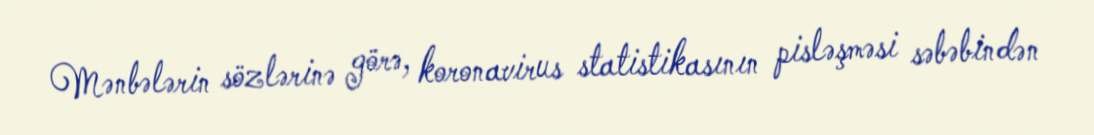
Mənbələrin sözlərinə görə, koronavirus statistikasının pisləşməsi səbəbindən